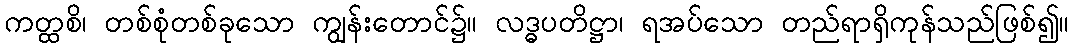
ကတ္ထစိ၊ တစ်စုံတစ်ခုသော ကျွန်းတောင်၌။ လဒ္ဓပတိဋ္ဌာ၊ ရအပ်သော တည်ရာရှိကုန်သည်ဖြစ်၍။